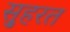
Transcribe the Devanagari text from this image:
स़ुहरत